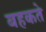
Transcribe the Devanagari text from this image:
बहकते